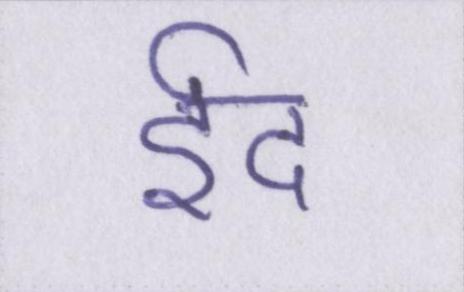
ईद